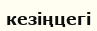
кезіңцегі